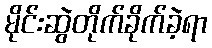
မိုင်းဆွဲတိုက်ခိုက်ခဲ့ရာ